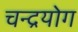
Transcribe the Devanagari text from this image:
चन्द्रयोग